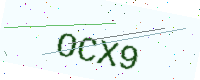
Text: OCX9